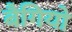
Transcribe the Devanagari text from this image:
बैगियो